Quinine and its salts - Number 41
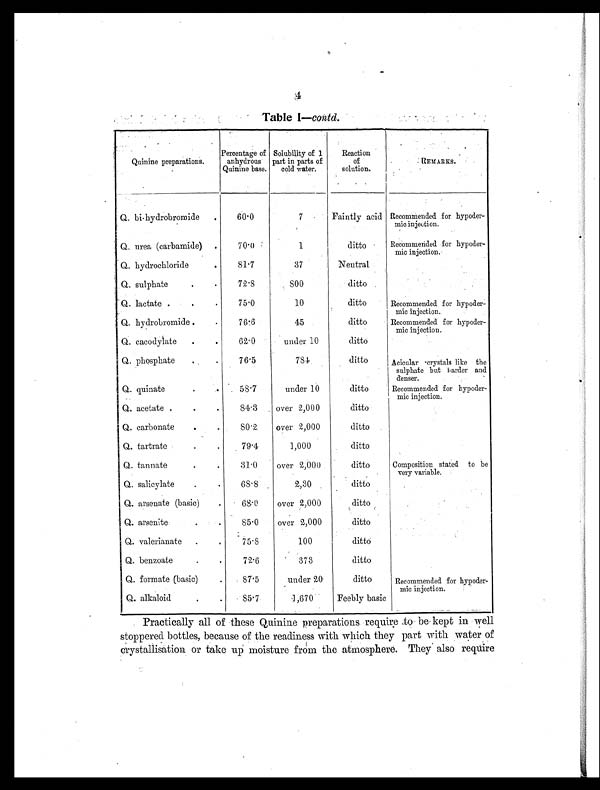
4
Table I—contd.
Quinine preparations.
Percentage of
anhydrous
Quinine base.
Solubility of 1
part in parts of
cold water.
Reaction
of
solution.
REMARKS.
Q. bi hydrobromide .
60.0
7
Faintly acid Recommended for hypoder
mic injection.
Q. urea (carbamide) .
70.0
1
ditto
Recommended for hypoder
mic injection.
Q. hydrochloride
.
81.7
37
Neutral
Q. sulphate
. .
72.8
8 0 0
ditto
Q. lactate .
. .
75.0
10
ditto
Recommended for hypodermic injection.
Q. hydrobromide .
.
76.6
45
ditto
Recommended for hypoder
mic injection.
Q. cacodylate .
.
62.0
under 10
ditto
Q. phosphate
. .
76.5
784
ditto
Acicular crystals like the
sulphate but harder and
denser.
Q. quinate
.
.
58.7
under 10
ditto
Recommended for hypoder
mic injection.
Q acetate .
. .
84.3
over 2,000
ditto
Q. carbonate
.
8 0 . 2 over 2,000
ditto
Q tartrate
.
.
79.4
1,000
ditto
Q. tannate
.
.
31.0
over 2,000
ditto
Composition stated to be
very variable.
Q. salicylate
.
.
6 8 . 8
2,30
ditto
Q. arsenate (basic)
.
68.0
over 2,000
ditto
Q. arsenite. .
85.0
over 2,000
ditto
Q. valerianate .
.
75.8
100
ditto
Q. benzoate
.
.
72.6
373
ditto
Q formate (basic)
.
87.5
under 20
ditto
Recommended for hypoder
mic injection.
Q. alkaloid
.
. 85 . 7
1,670
Feebly basic
Practically all of these Quinine preparations require to be kept in well
stoppered bottles, because of the readiness with which they part with water of
crystallisation or take up moisture from the atmosphere. They' also require